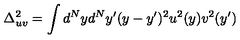
\Delta _ { u v } ^ { 2 } = \int d ^ { N } y d ^ { N } y ^ { \prime } ( y - y ^ { \prime } ) ^ { 2 } u ^ { 2 } ( y ) v ^ { 2 } ( y ^ { \prime } )